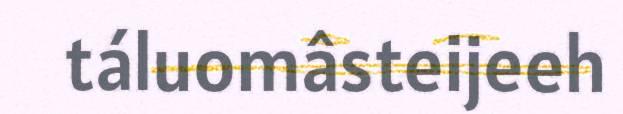
táluomâsteijeeh